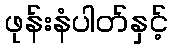
ဖုန်းနံပါတ်နှင့်